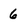
Character: 6